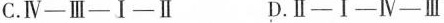
C.Ⅳ-Ⅲ-Ⅰ-Ⅱ D.Ⅱ-Ⅰ-Ⅳ-Ⅲ